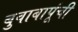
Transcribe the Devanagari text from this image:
बुवाबापूंची